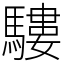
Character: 䮫